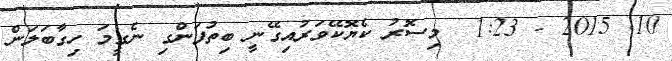
10